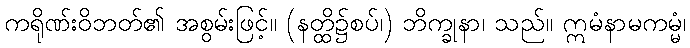
ကရိုဏ်းဝိဘတ်၏ အစွမ်းဖြင့်။ (နတ္ထိ၌စပ်၊) ဘိက္ခုနာ၊ သည်။ ဣမံနာမကမ္မံ၊